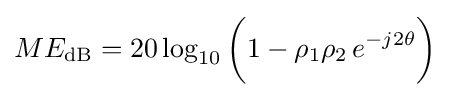
ME_{\mathrm {dB} }=20\log _{10}{\bigg (}1-\rho _{1}\rho _{2}\,e^{-j2\theta }{\bigg )}